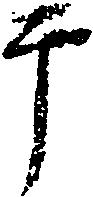
于